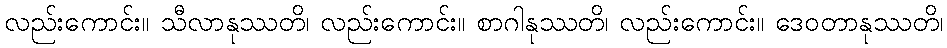
လည်းကောင်း။ သီလာနုဿတိ၊ လည်းကောင်း။ စာဂါနုဿတိ၊ လည်းကောင်း။ ဒေဝတာနုဿတိ၊